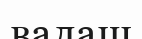
валаш